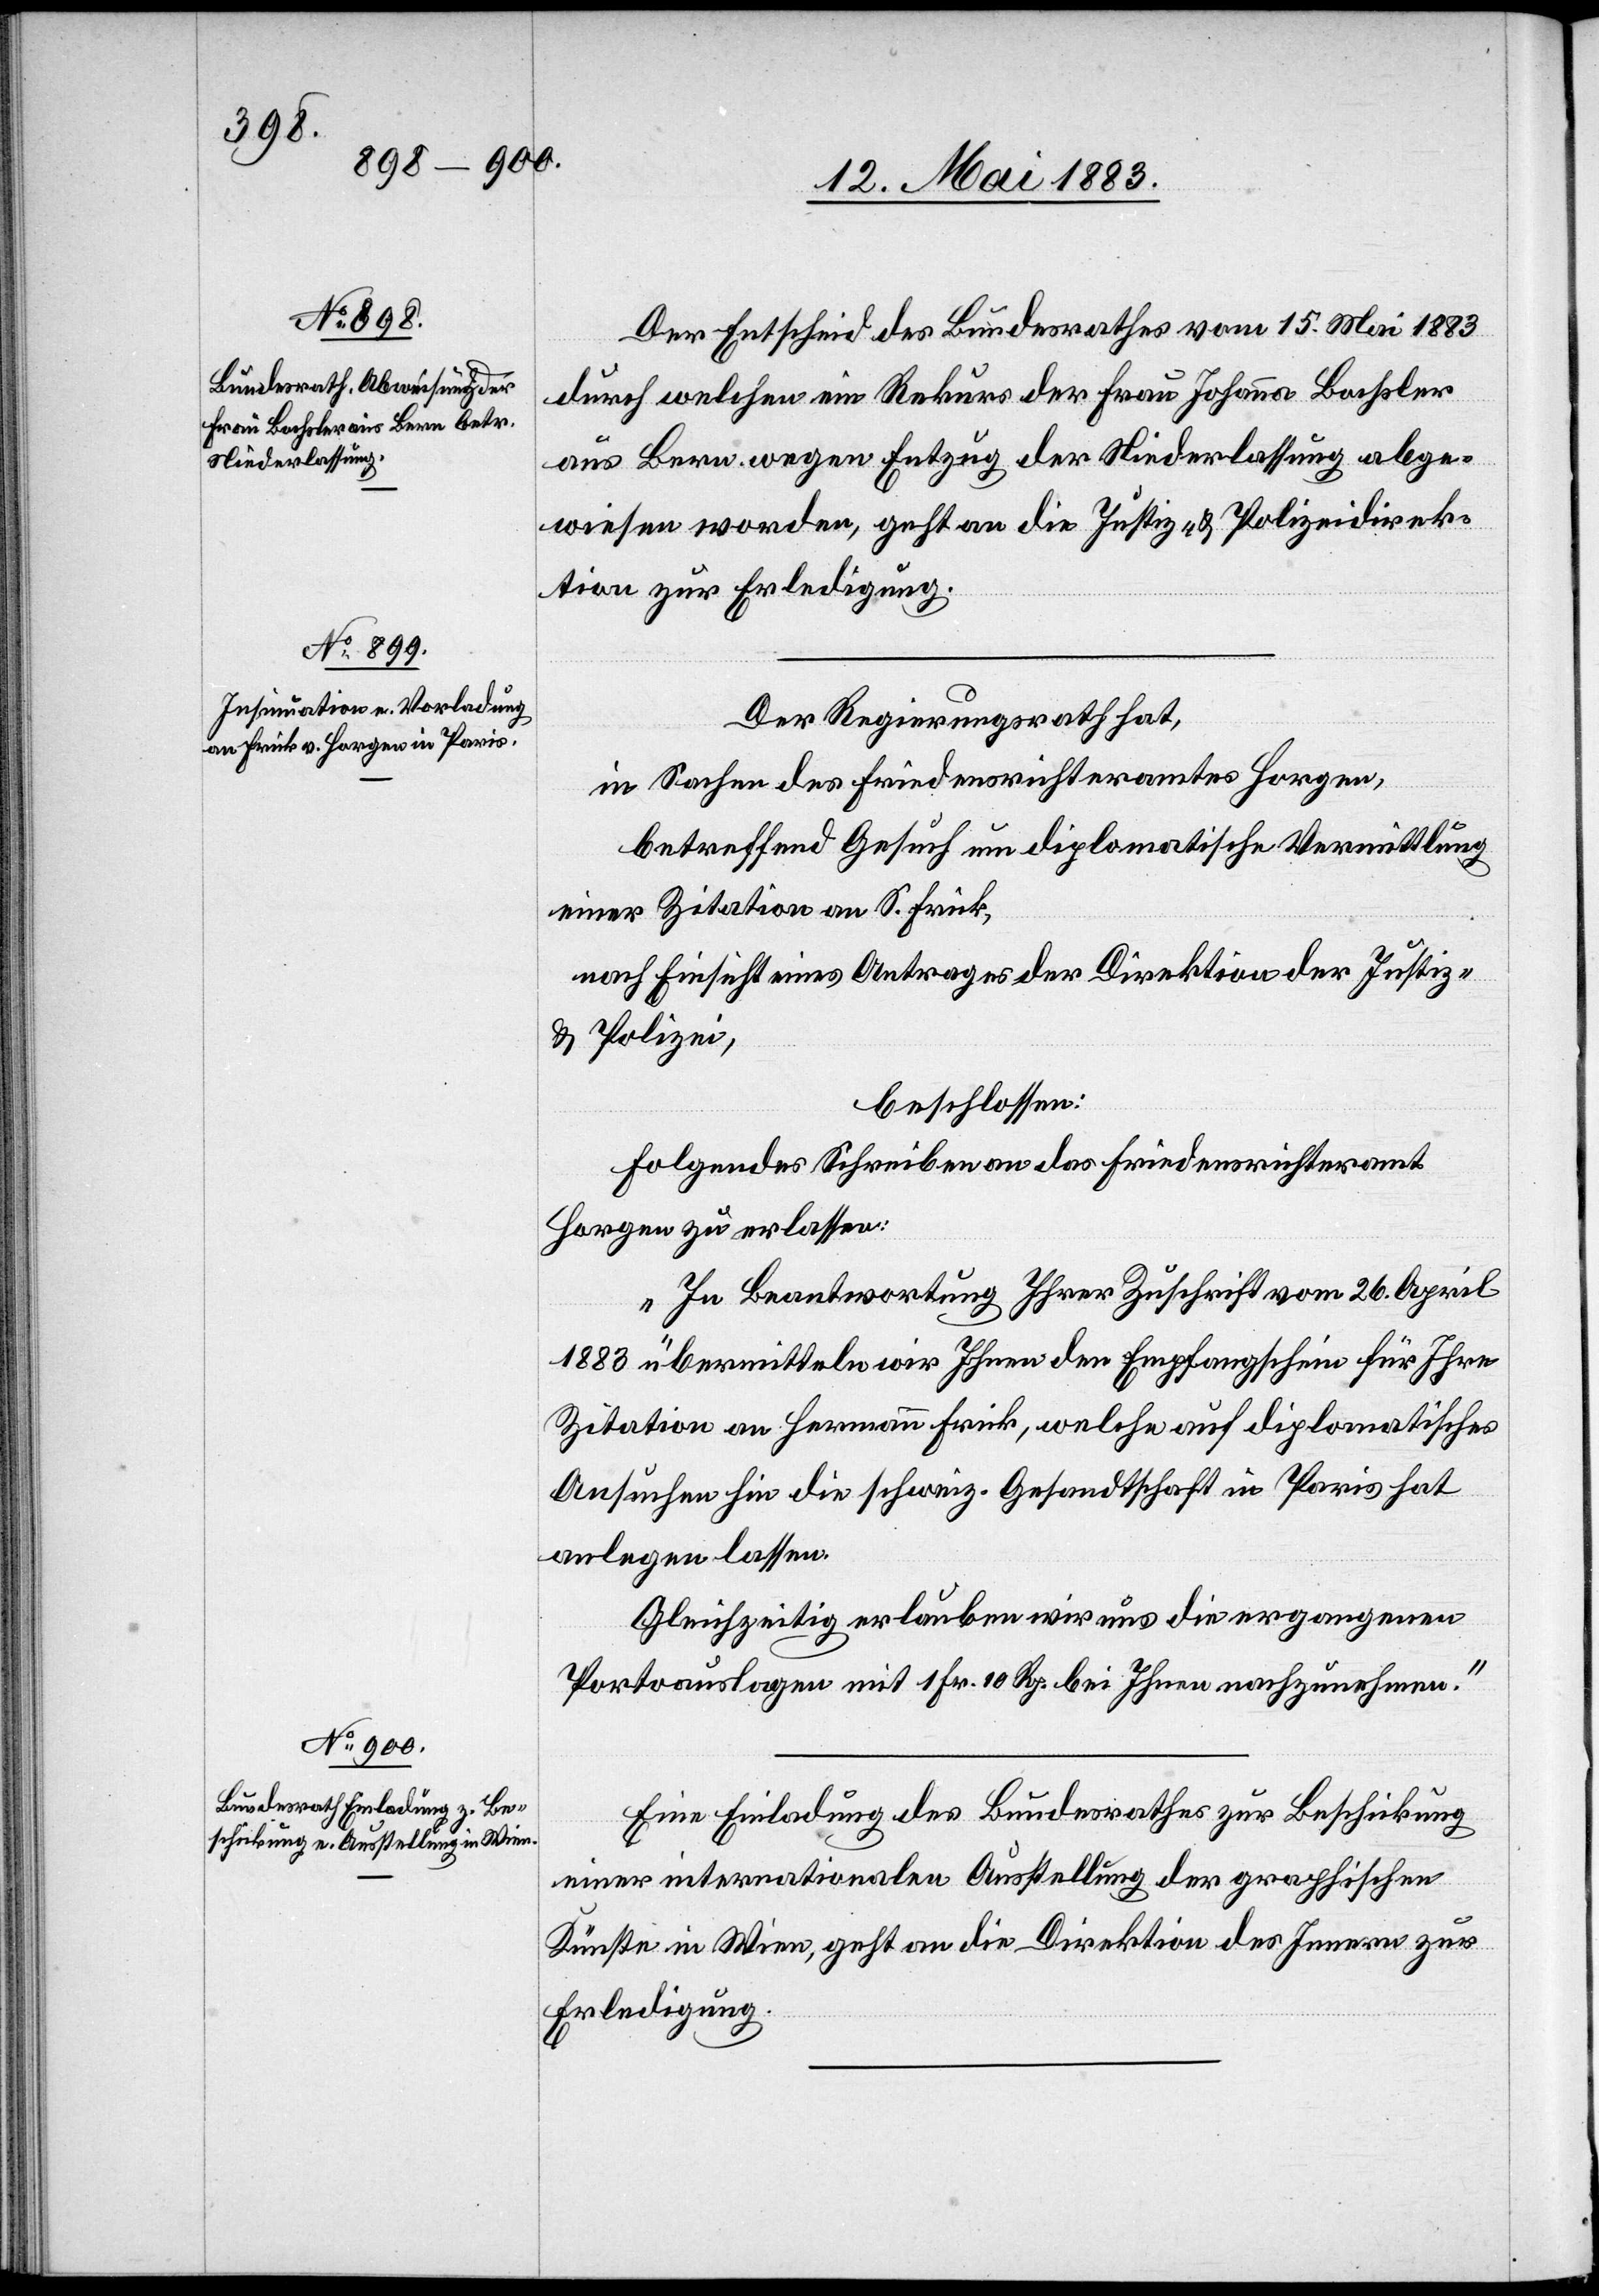
17. Mai 1883.]
Der Entscheid des Bundesrathes vom 15. Mai 1884
durch welchen ein Rekurs der Frau Johanna Bochsler
aus Bern wegen Entzug der Niederlassung abge¬
wiesen worden, geht an die Justiz- & Polizeidirek¬
tion zur Erledigung.
Der Regierungsrath hat,
in Sachen des Friedensrichteramtes Horgen,
betreffend Gesuch um diplomatische Vermittlung
einer Zitation an S. Frick,
nach Einsicht eines Antrages der Direktion der Justiz
& Polizei,
beschlossen:
Folgendes Schreiben an das Friedensrichteramt
Horgen zu erlassen:
„In Beantwortung Ihrer Zuschrift vom 26. April
1883 übermitteln wir Ihnen den Empfangschein für Ihre
Zitation an Hermann Frick, welche auf diplomatisches
Ansuchen hin die schweiz. Gesandtschaft in Paris hat
anlegen lassen.
Gleichzeitig erlauben wir uns die ergangenen
Portoauslagen mit 1 Fr. 10 Rp. bei Ihnen nachzunehmen.“
Eine Einladung des Bundesrathes zur Beschickung
einer internationalen Ausstellung der graphischen
Künste in Wien, geht an die Direktion des Innern zur
Erledigung.